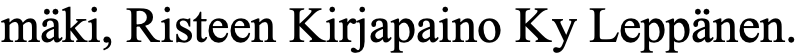
mäki, Risteen Kirjapaino Ky Leppänen.